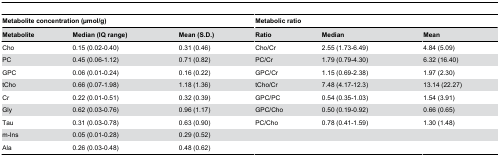
| <COLSPAN=3> Metabolite concentration (μmol/g) | <COLSPAN=3> Metabolic ratio |
 | Metabolite | Median (IQ range) | Mean (S.D.) | Ratio | Median | Mean |
 | --- | --- | --- | --- | --- | --- |
 | Cho | 0.15 (0.02-0.40) | 0.31 (0.46) | Cho/Cr | 2.55 (1.73-6.49) | 4.84 (5.09) |
 | PC | 0.45 (0.06-1.12) | 0.71 (0.82) | PC/Cr | 1.79 (0.79-4.30) | 6.32 (16.40) |
 | GPC | 0.06 (0.01-0.24) | 0.16 (0.22) | GPC/Cr | 1.15 (0.69-2.38) | 1.97 (2.30) |
 | tCho | 0.66 (0.07-1.98) | 1.18 (1.36) | tCho/Cr | 7.48 (4.17-12.3) | 13.14 (22.27) |
 | Cr | 0.22 (0.01-0.51) | 0.32 (0.39) | GPC/PC | 0.54 (0.35-1.03) | 1.54 (3.91) |
 | Gly | 0.62 (0.03-0.76) | 0.96 (1.17) | GPC/Cho | 0.50 (0.19-0.92) | 0.66 (0.65) |
 | Tau | 0.31 (0.03-0.78) | 0.63 (0.90) | PC/Cho | 0.78 (0.41-1.59) | 1.30 (1.48) |
 | m-Ins | 0.05 (0.01-0.28) | 0.29 (0.52) |  |  |  |
 | Ala | 0.26 (0.03-0.48) | 0.48 (0.62) |  |  |  |